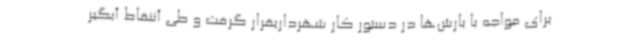
برای مواجه با بارش‌ها در دستور کار شهرداریقرار گرفت و طی آننقاط آبگیر